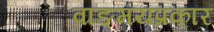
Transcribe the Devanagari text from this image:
वाङ्‌मयप्रकार